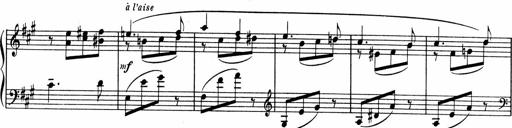
Title: Sonatine pour piano
Composer: Albert Roussel